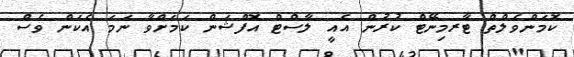
ކޮމަންވެލްތް ޓާރމިނޭޓް ކުރުން އެއީ ލާސްޓް އޮފްޝަން ކަމަށްވާ ނަމަ އެކަން ވެސް